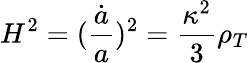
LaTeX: H^{2}=(\frac{\dot{a}}{a})^{2}=\frac{\kappa^{2}}{3}\rho_{T}